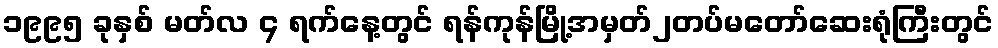
၁၉၉၅ ခုနှစ် မတ်လ ၄ ရက်နေ့တွင် ရန်ကုန်မြို့အမှတ်၂တပ်မတော်ဆေးရုံကြီးတွင်